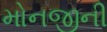
મોનજીની